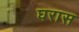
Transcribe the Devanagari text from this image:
घरास